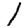
Digit: 1